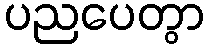
ပညပေတွာ